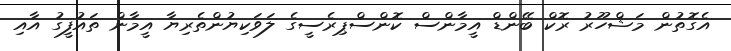
އެގޮތުން މަޝްހޫރު ރޮކް ބޭންޑް އީމާންސް ކޮންސްޕިރެސީގެ ލަވަކިޔުންތެރިޔާ އީމާން ތައުފީގު އާއި